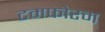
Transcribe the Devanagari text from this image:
टमफोरम